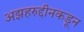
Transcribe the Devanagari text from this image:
अझहरुद्दीनकडून